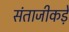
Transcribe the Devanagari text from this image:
संताजीकड़े